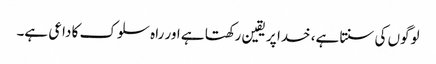
لوگوں کی سنتا ہے، خدا پر یقین رکھتا ہے اور راہ سلوک کا داعی ہے۔